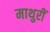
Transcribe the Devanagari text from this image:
माथुरीं